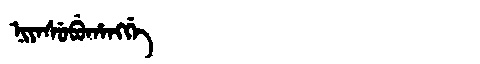
Manchu: ᠨᡳᠶᠠᠰᡠᠪᡠᡥᠠᠩᡤᡝ
Romanization: NIYASUBUHANGGE